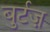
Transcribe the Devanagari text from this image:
बुर्टज़